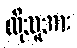
ထိုသူအား